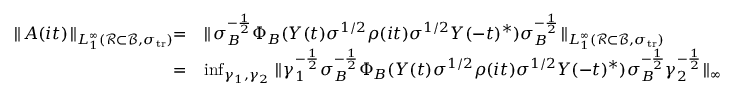
\begin{array} { r l } { \parallel \! A ( i t ) \! \parallel _ { L _ { 1 } ^ { \infty } ( { \mathcal R } \subset { \mathcal { B } } , \sigma _ { { \mathrm { t r } } } ) } = } & { \parallel \! \sigma _ { B } ^ { - \frac { 1 } { 2 } } \Phi _ { B } ( Y ( t ) \sigma ^ { 1 / 2 } \rho ( i t ) \sigma ^ { 1 / 2 } Y ( - t ) ^ { * } ) \sigma _ { B } ^ { - \frac { 1 } { 2 } } \! \parallel _ { L _ { 1 } ^ { \infty } ( { \mathcal R } \subset { \mathcal { B } } , \sigma _ { { \mathrm { t r } } } ) } } \\ { = } & { \operatorname* { i n f } _ { \gamma _ { 1 } , \gamma _ { 2 } } \parallel \! \gamma _ { 1 } ^ { - \frac { 1 } { 2 } } \sigma _ { B } ^ { - \frac { 1 } { 2 } } \Phi _ { B } ( Y ( t ) \sigma ^ { 1 / 2 } \rho ( i t ) \sigma ^ { 1 / 2 } Y ( - t ) ^ { * } ) \sigma _ { B } ^ { - \frac { 1 } { 2 } } \gamma _ { 2 } ^ { - \frac { 1 } { 2 } } \! \parallel _ { \infty } } \end{array}